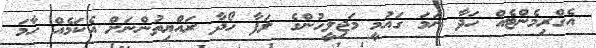
އެގްރިމެންޓެއް ހަދާ ނަމަ ގައުމީ މަޖިލީހުންގެ ލަފާ ހޯދާ ރައްޔިތުންނަށް އެކަމެއް ހާމަ